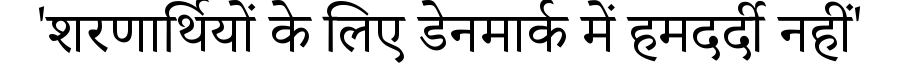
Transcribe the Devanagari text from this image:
'शरणार्थियों के लिए डेनमार्क में हमदर्दी नहीं'